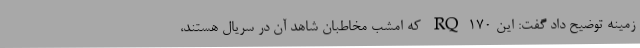
زمینه توضیح داد گفت: این RQ170 که امشب مخاطبان شاهد آن در سریال هستند،